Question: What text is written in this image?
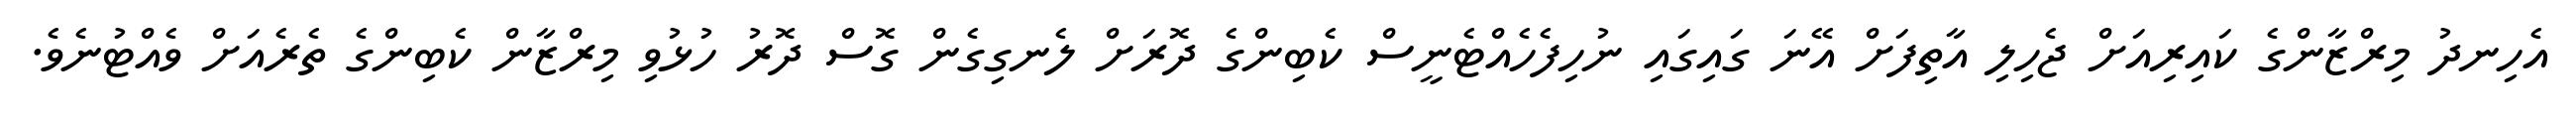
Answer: އެހިނދު މިރްޒާންގެ ކައިރިއަށް ޖެހިލި އާތިފަށް އޭނަ ގައިގައި ނުހިފެހެއްޓެނީސް ކެބިންގެ ދޮރަށް ލެނގިގެން ގޮސް ދޮރު ހުޅުވި މިރްޒާން ކެބިންގެ ތެރެއަށް ވެއްޓުނެވެ.